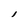
Character: l